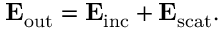
\mathbf { E } _ { \mathrm { o u t } } = \mathbf { E } _ { \mathrm { i n c } } + \mathbf { E } _ { \mathrm { s c a t } } .